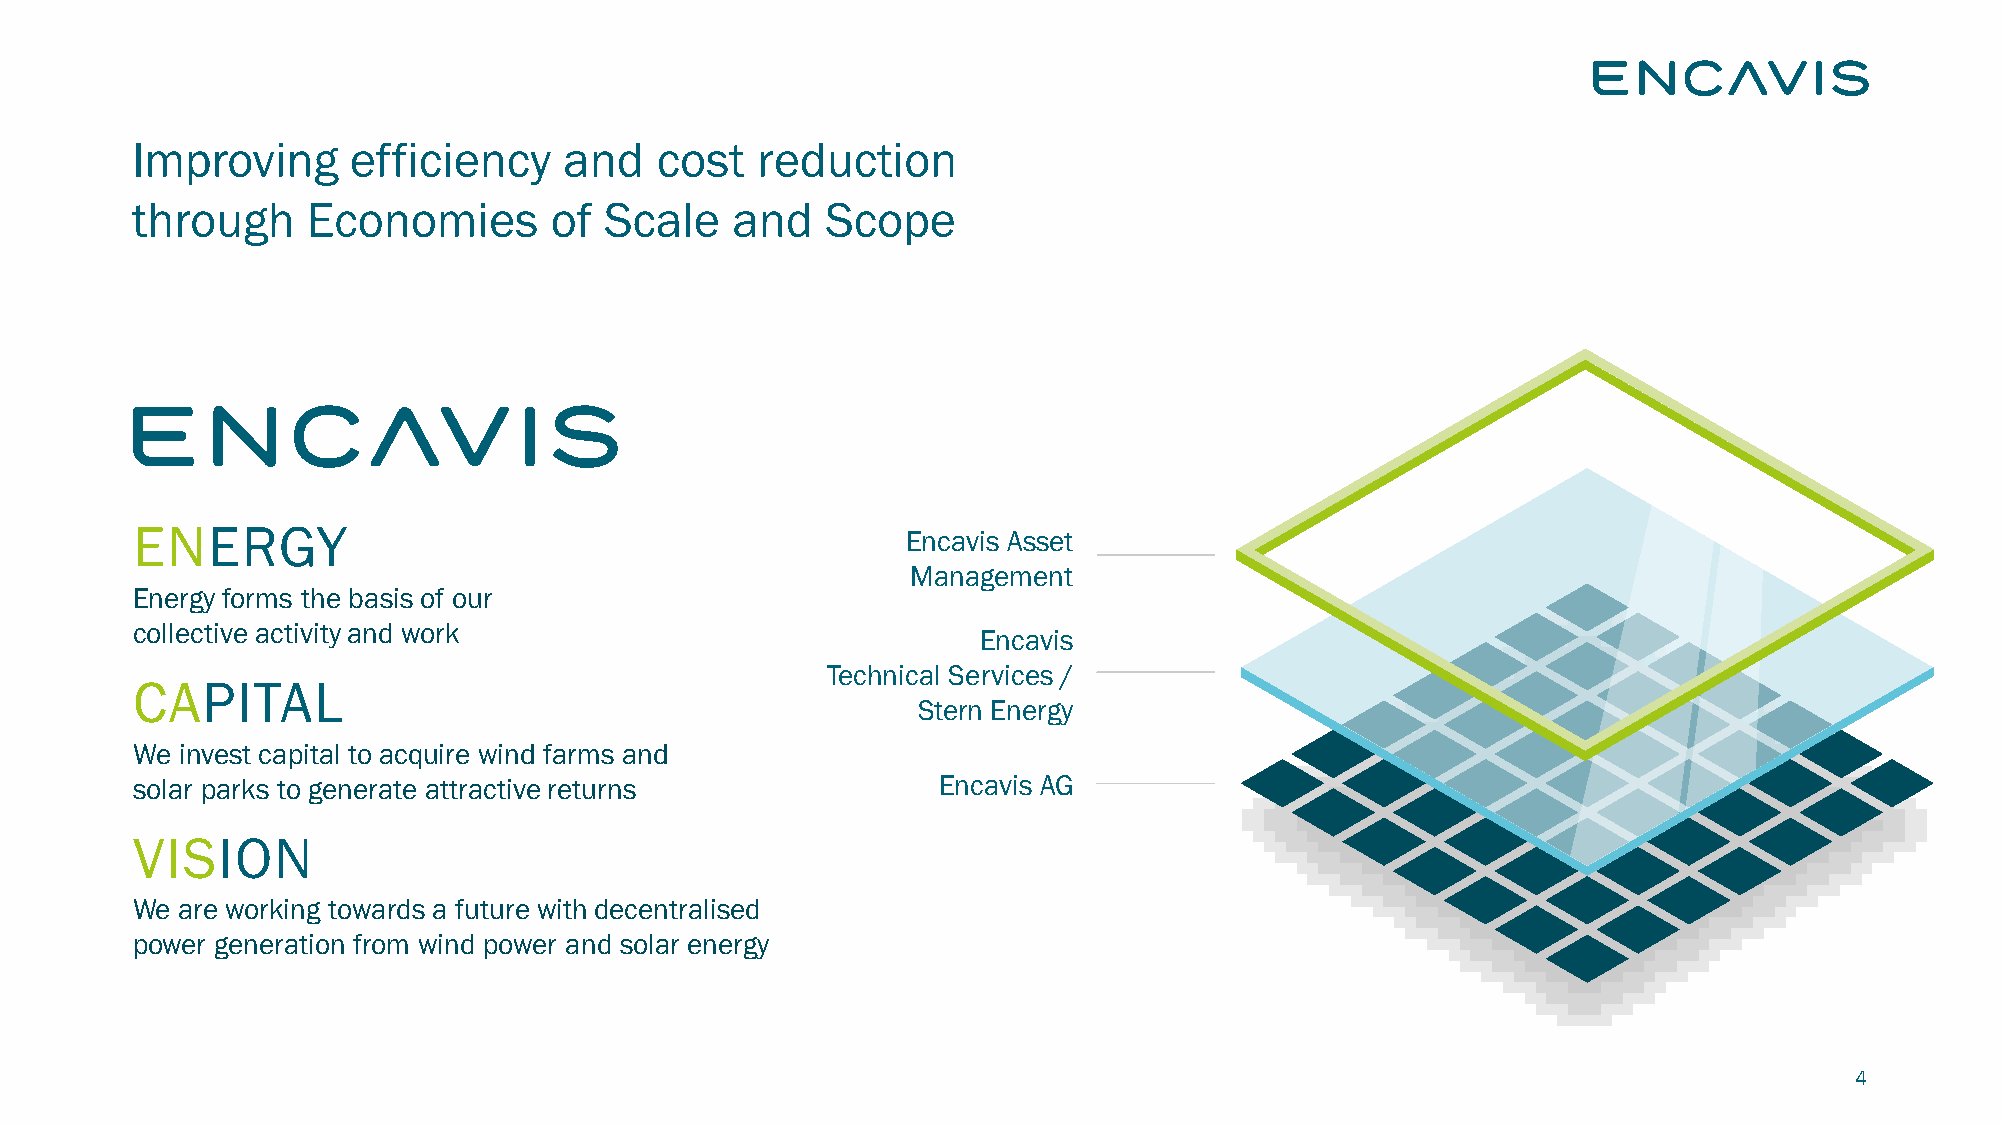
Improving     efficiency    and   cost   reduction
 through    Economies       of  Scale   and    Scope
 ENERGY
 Encavis Asset
 Management
 Energy forms the basis of our
 collective activity and work
 Encavis
 Technical Services /
 CAPITAL
 Stern Energy
 We invest capital to acquire wind farms and
 solar parks to generate attractive returns           Encavis AG
 VISION
 We are working towards a future with decentralised
 power generation from wind power and solar energy
 4